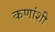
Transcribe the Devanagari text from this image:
कणांशी